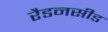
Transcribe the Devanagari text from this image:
रैडनसीड